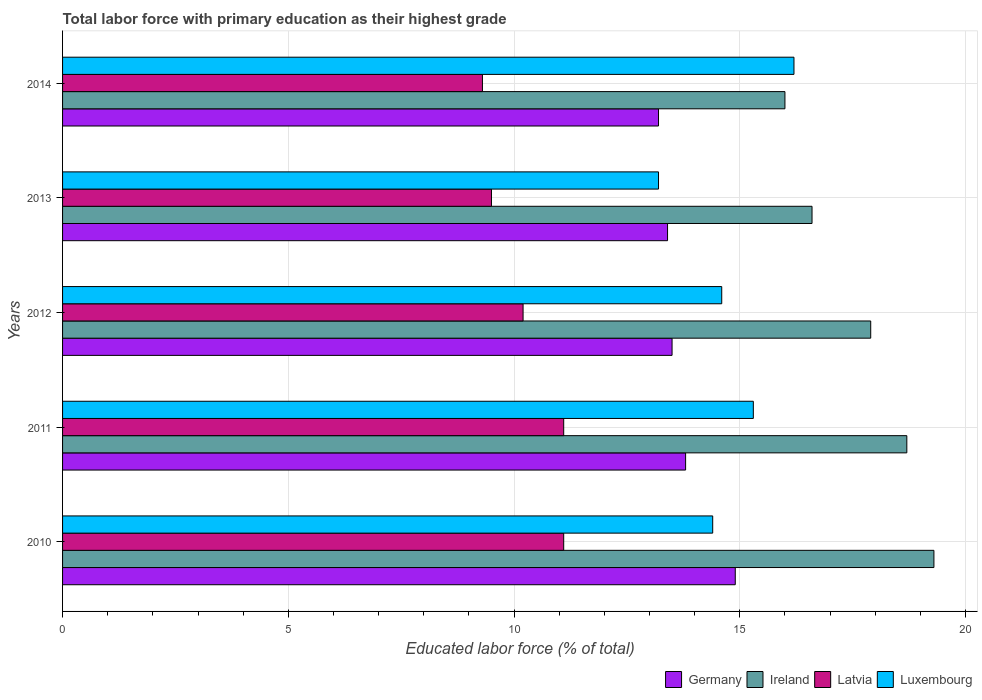
| Years | Germany | Ireland | Latvia | Luxembourg |
 | --- | --- | --- | --- | --- |
 | 2010 | 14.9 | 19.3 | 11.1 | 14.4 |
 | 2011 | 13.8 | 18.7 | 11.1 | 15.3 |
 | 2012 | 13.5 | 17.9 | 10.2 | 14.6 |
 | 2013 | 13.4 | 16.6 | 9.5 | 13.2 |
 | 2014 | 13.2 | 16 | 9.3 | 16.2 |